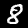
Label: 8